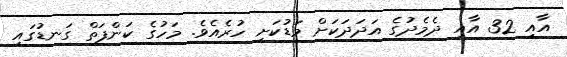
އާއި 32 އާއި ދެެމެދުގެ އަދަދަކަށް މަޑުކަށި ހުރެއެވެ. މަހުގެ ކަންފަތް ގަނޑުގައި